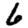
Digit: 6